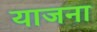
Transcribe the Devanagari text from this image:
याजना